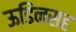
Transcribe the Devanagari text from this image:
ऊडिनसह